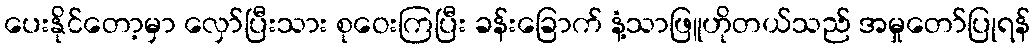
ပေးနိုင်တော့မှာ လှော်ပြီးသား စုဝေးကြပြီး ခန်းခြောက် နံ့သာဖြူဟိုတယ်သည် အမှုတော်ပြုရန်